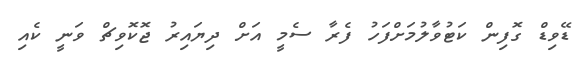
ޑޭވިޑް ގޮފިން ކަޓުވާލުމަށްފަހު ފެރާ ސެމީ އަށް ދިޔައިރު ޖޮކޮވިޗް ވަނީ ކެއި